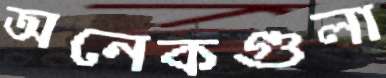
অনেকগুলা